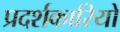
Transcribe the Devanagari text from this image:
प्रदर्शकारियों